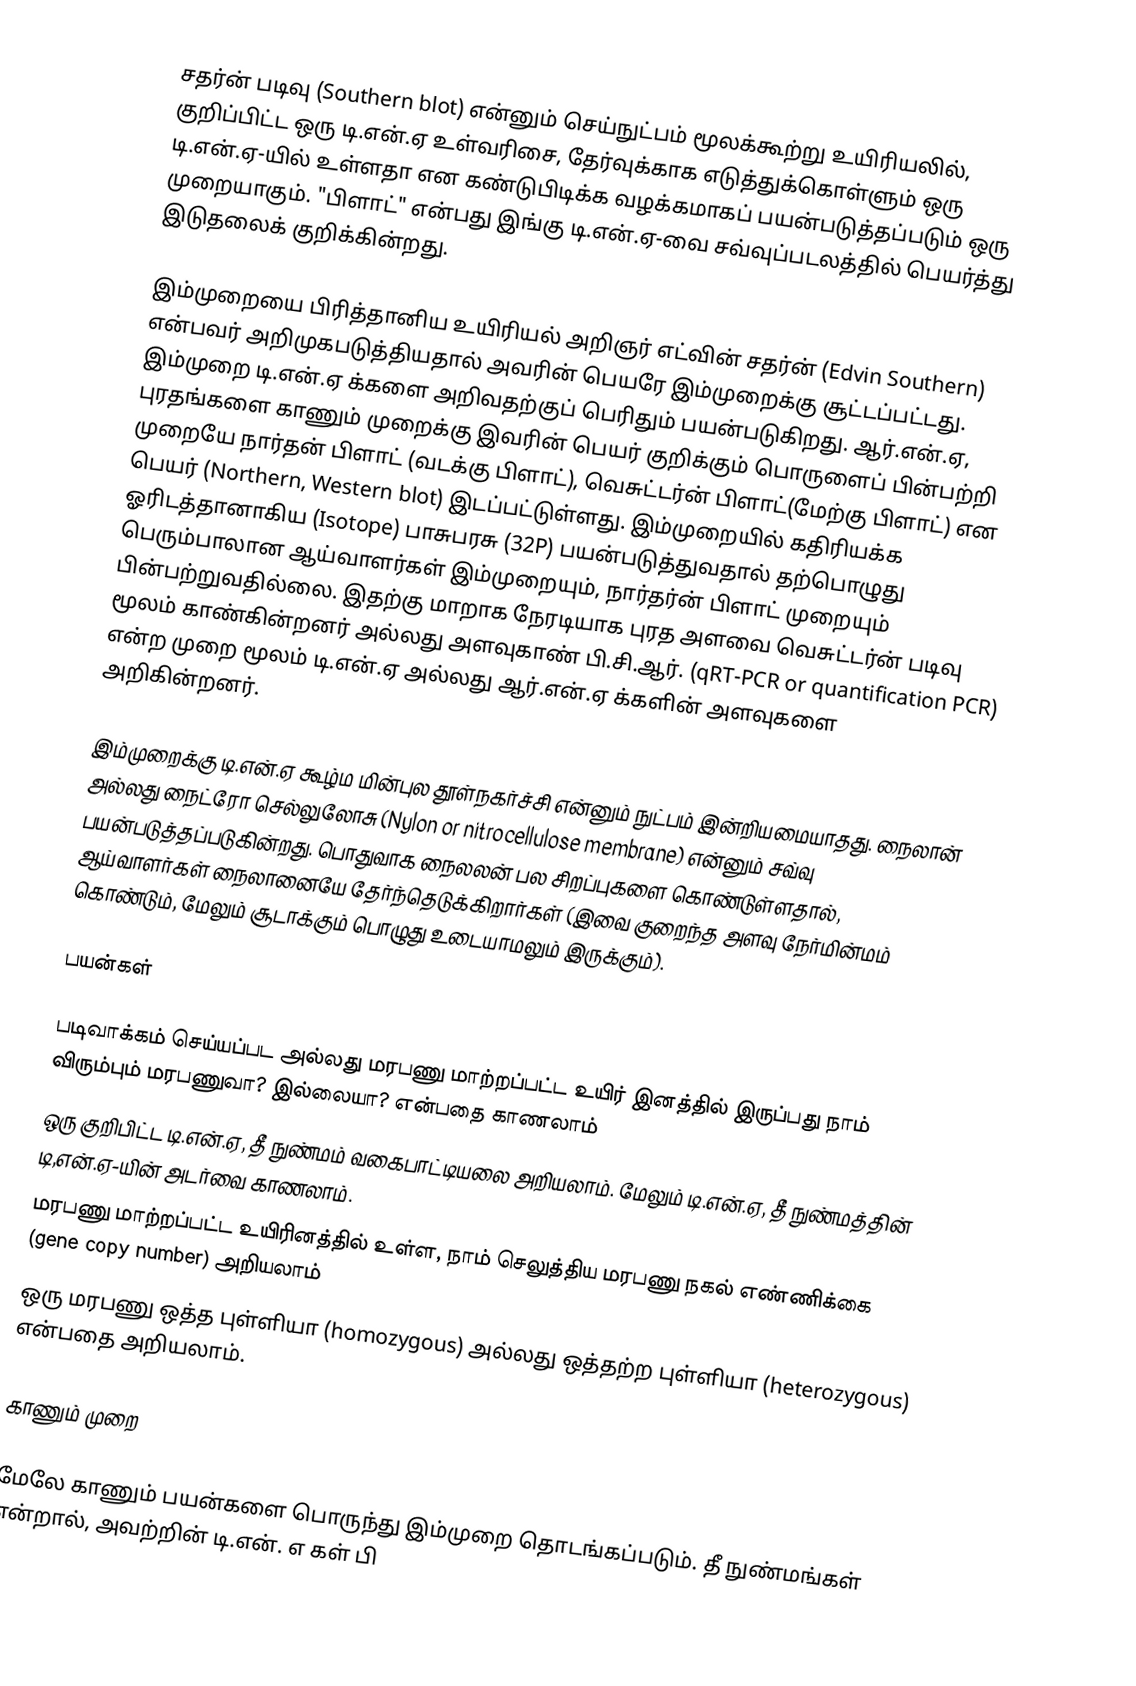
சதர்ன் படிவு (Southern blot) என்னும் செய்நுட்பம் மூலக்கூற்று உயிரியலில், குறிப்பிட்ட ஒரு டி.என்.ஏ உள்வரிசை, தேர்வுக்காக எடுத்துக்கொள்ளும் ஒரு டி.என்.ஏ-யில் உள்ளதா என கண்டுபிடிக்க வழக்கமாகப் பயன்படுத்தப்படும் ஒரு முறையாகும். "பிளாட்" என்பது இங்கு டி.என்.ஏ-வை சவ்வுப்படலத்தில் பெயர்த்து இடுதலைக் குறிக்கின்றது.

இம்முறையை பிரித்தானிய உயிரியல் அறிஞர் எட்வின் சதர்ன் (Edvin Southern) என்பவர் அறிமுகபடுத்தியதால் அவரின் பெயரே இம்முறைக்கு சூட்டப்பட்டது. இம்முறை டி.என்.ஏ க்களை அறிவதற்குப் பெரிதும் பயன்படுகிறது. ஆர்.என்.ஏ, புரதங்களை காணும் முறைக்கு இவரின் பெயர் குறிக்கும் பொருளைப் பின்பற்றி முறையே நார்தன் பிளாட் (வடக்கு பிளாட்), வெசுட்டர்ன் பிளாட்(மேற்கு பிளாட்) என பெயர் (Northern, Western blot) இடப்பட்டுள்ளது. இம்முறையில் கதிரியக்க ஓரிடத்தானாகிய (Isotope) பாசுபரசு (32P) பயன்படுத்துவதால் தற்பொழுது பெரும்பாலான ஆய்வாளர்கள் இம்முறையும், நார்தர்ன் பிளாட் முறையும் பின்பற்றுவதில்லை. இதற்கு மாறாக நேரடியாக புரத அளவை வெசுட்டர்ன் படிவு மூலம் காண்கின்றனர் அல்லது அளவுகாண் பி.சி.ஆர். (qRT-PCR or quantification PCR) என்ற முறை மூலம் டி.என்.ஏ அல்லது ஆர்.என்.ஏ க்களின் அளவுகளை அறிகின்றனர்.

இம்முறைக்கு டி.என்.ஏ கூழ்ம மின்புல தூள்நகர்ச்சி என்னும் நுட்பம் இன்றியமையாதது. நைலான் அல்லது நைட்ரோ செல்லுலோசு (Nylon or nitrocellulose membrane) என்னும் சவ்வு பயன்படுத்தப்படுகின்றது. பொதுவாக நைலலன் பல சிறப்புகளை கொண்டுள்ளதால், ஆய்வாளர்கள் நைலானையே தேர்ந்தெடுக்கிறார்கள் (இவை குறைந்த அளவு நேர்மின்மம் கொண்டும், மேலும் சூடாக்கும் பொழுது உடையாமலும் இருக்கும்).

பயன்கள்

 படிவாக்கம் செய்யப்பட அல்லது மரபணு மாற்றப்பட்ட உயிர் இனத்தில் இருப்பது நாம் விரும்பும் மரபணுவா? இல்லையா? என்பதை காணலாம்
 ஒரு குறிபிட்ட டி.என்.ஏ, தீ நுண்மம் வகைபாட்டியலை அறியலாம். மேலும் டி.என்.ஏ, தீ நுண்மத்தின் டி,என்.ஏ-யின் அடர்வை காணலாம்.
 மரபணு மாற்றப்பட்ட உயிரினத்தில் உள்ள, நாம் செலுத்திய மரபணு நகல் எண்ணிக்கை (gene copy number) அறியலாம்
 ஒரு மரபணு ஒத்த புள்ளியா (homozygous) அல்லது ஒத்தற்ற புள்ளியா (heterozygous) என்பதை அறியலாம்.

காணும் முறை

 மேலே காணும் பயன்களை பொருந்து இம்முறை தொடங்கப்படும். தீ நுண்மங்கள் என்றால், அவற்றின் டி.என். எ கள் பி